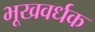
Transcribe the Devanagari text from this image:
भूखवर्धक